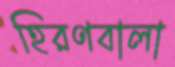
হিরণবালা